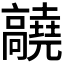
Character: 𬴝